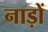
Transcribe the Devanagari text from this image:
नाड़ों